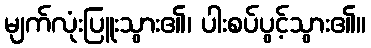
မျက်လုံးပြူးသွား၏၊ ပါးစပ်ပွင့်သွား၏။